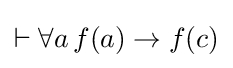
\vdash \forall a\,f(a)\to f(c)